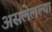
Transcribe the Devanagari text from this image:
असलेलल्या